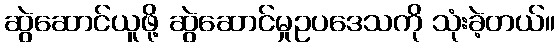
ဆွဲဆောင်ယူဖို့ ဆွဲဆောင်မှုဥပဒေသကို သုံးခဲ့တယ်။